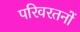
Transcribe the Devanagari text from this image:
परिवरतनों